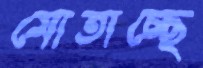
মোতাচ্ছে